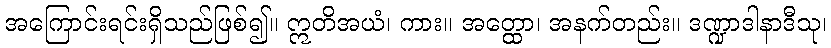
အကြောင်းရင်းရှိသည်ဖြစ်၍။ ဣတိအယံ၊ ကား။ အတ္ထော၊ အနက်တည်း။ ဒဏ္ဍာဒါနာဒီသု၊